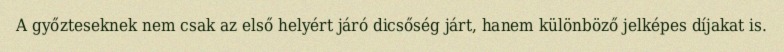
A győzteseknek nem csak az első helyért járó dicsőség járt, hanem különböző jelképes díjakat is.